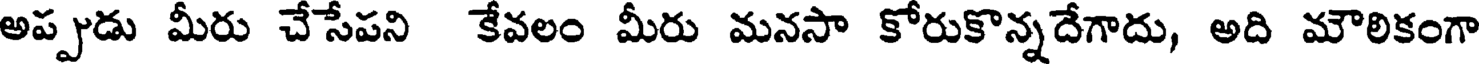
అప్పుడు మీరు చేసేపని కేవలం మీరు మనసా కోరుకొన్నదేగాదు, అది మౌలికంగా